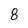
Character: 8